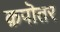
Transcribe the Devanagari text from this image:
क़पॊतर